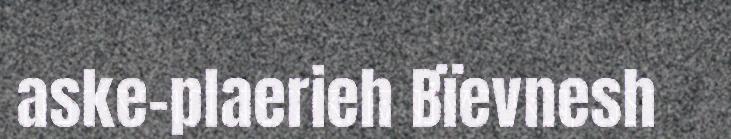
aske-plaerieh Bïevnesh